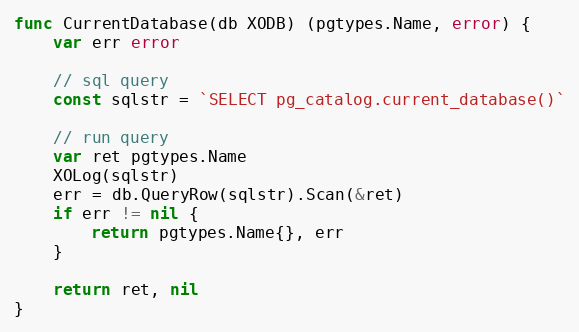
Language: Go
func CurrentDatabase(db XODB) (pgtypes.Name, error) {
	var err error

	// sql query
	const sqlstr = `SELECT pg_catalog.current_database()`

	// run query
	var ret pgtypes.Name
	XOLog(sqlstr)
	err = db.QueryRow(sqlstr).Scan(&ret)
	if err != nil {
		return pgtypes.Name{}, err
	}

	return ret, nil
}